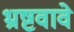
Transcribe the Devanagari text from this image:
भ्रष्टवावे